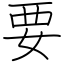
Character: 要